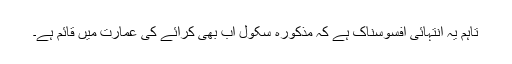
تاہم یہ انتہائی افسوسناک ہے کہ مذکورہ سکول اب بھی کرائے کی عمارت میں قائم ہے۔